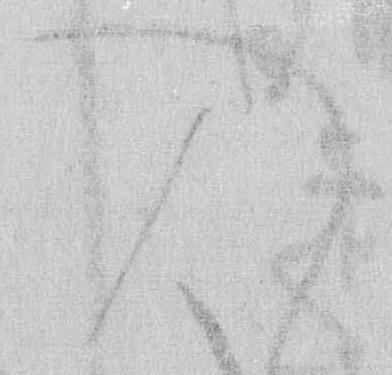
入